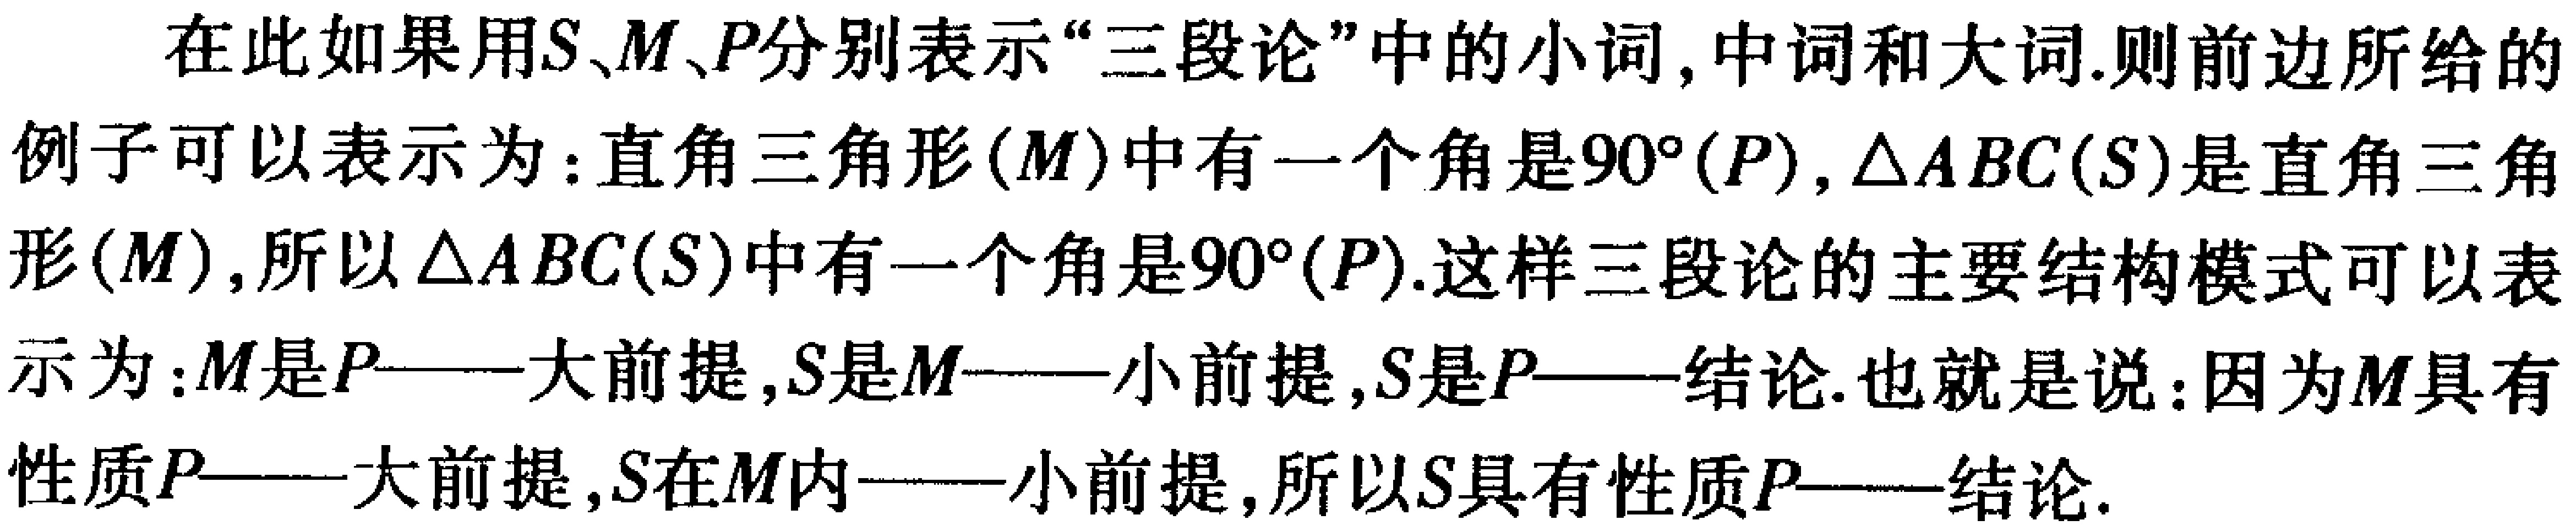
在此如果用\(S\)、\(M\)、\(P\)分别表示“三段论”中的小词, 中词和大词.则前边所给的例子可以表示为：直角三角形\((M)\)中有一个角是\(90^{\circ}(P)\), \(\triangle ABC(S)\)是直角三角形\((M)\), 所以\(\triangle ABC(S)\)中有一个角是\(90^{\circ}(P)\).这样三段论的主要结构模式可以表示为：\(M\)是\(P\)——大前提, \(S\)是\(M\)——小前提, \(S\)是\(P\)——结论.也就是说：因为\(M\)具有性质\(P\)——大前提, \(S\)在\(M\)内——小前提, 所以\(S\)具有性质\(P\)——结论.